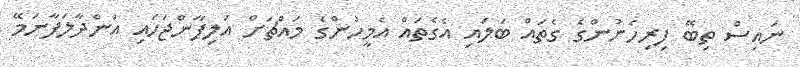
ނައިސް ތިބޭ ފިރިހެނުންގެ ގެތައް ބަލައި އެގެތައް އެމީހުންގެ މައްޗަށް އަލިފާންޖަހައި އަންދާލަފާނަމޭ